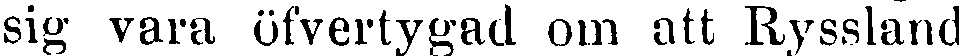
sig vara öfvertygad om att Ryssland